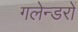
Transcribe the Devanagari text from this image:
गलेन्डरों